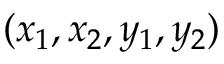
( x _ { 1 } , x _ { 2 } , y _ { 1 } , y _ { 2 } )